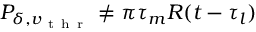
P _ { \delta , v _ { \mathrm { ~ t ~ h ~ r ~ } } } \neq \pi \tau _ { m } R ( t - \tau _ { l } )